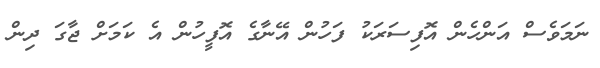
ނަމަވެސް އަންހެން އޮފިސަރަކު ފަހުން އޭނާގެ އޮފީހުން އެ ކަމަށް ޖާގަ ދިން